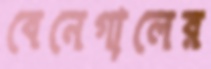
বেনেগালের